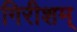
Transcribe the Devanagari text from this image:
गिरीशम्